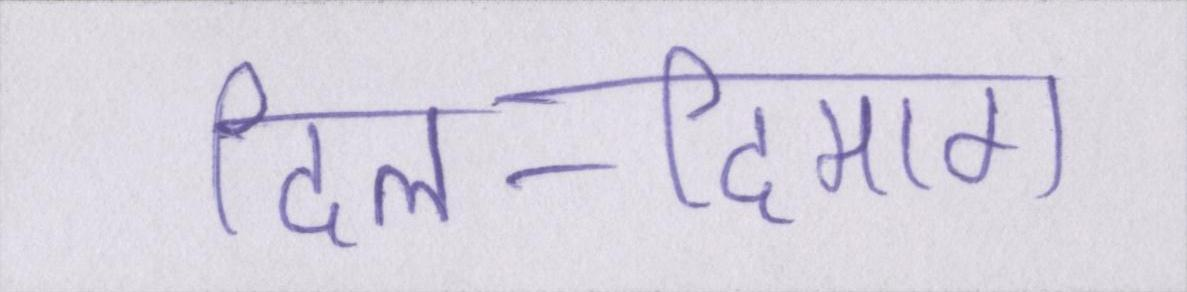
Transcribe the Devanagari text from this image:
दिल-दिमाग